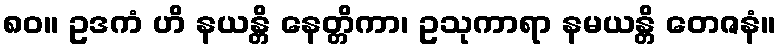
၈၀။ ဥဒကံ ဟိ နယန္တိ နေတ္တိကာ၊ ဥသုကာရာ နမယန္တိ တေဇနံ။